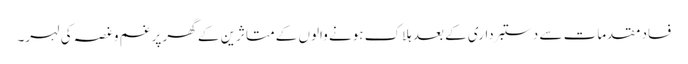
فساد مقدمات سے دستبرداری کے بعد ہلاک ہونے والوں کے متاثرین کے گھر پر غم وغصہ کی لہر۔